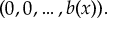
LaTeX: ( 0 , 0 , \ldots , b ( x ) ) .